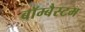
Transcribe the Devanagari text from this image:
बॉम्बैस्टम